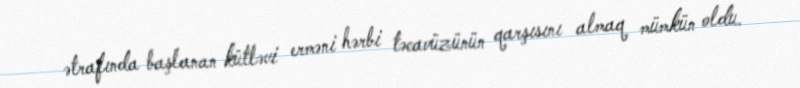
ətrafında başlanan kütləvi erməni hərbi təcavüzünün qarşısını almaq mümkün oldu.